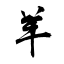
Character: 羊